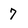
Character: 7